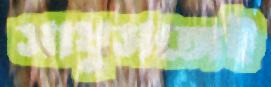
সাধুসঙ্গেই